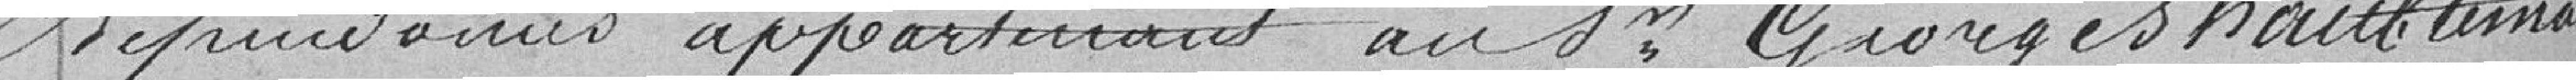
dépendances appartenant au Sieur Georges